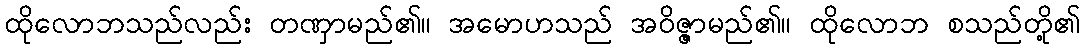
ထိုလောဘသည်လည်း တဏှာမည်၏။ အမောဟသည် အဝိဇ္ဇာမည်၏။ ထိုလောဘ စသည်တို့၏